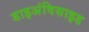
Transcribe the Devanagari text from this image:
डाइअंविसाइड